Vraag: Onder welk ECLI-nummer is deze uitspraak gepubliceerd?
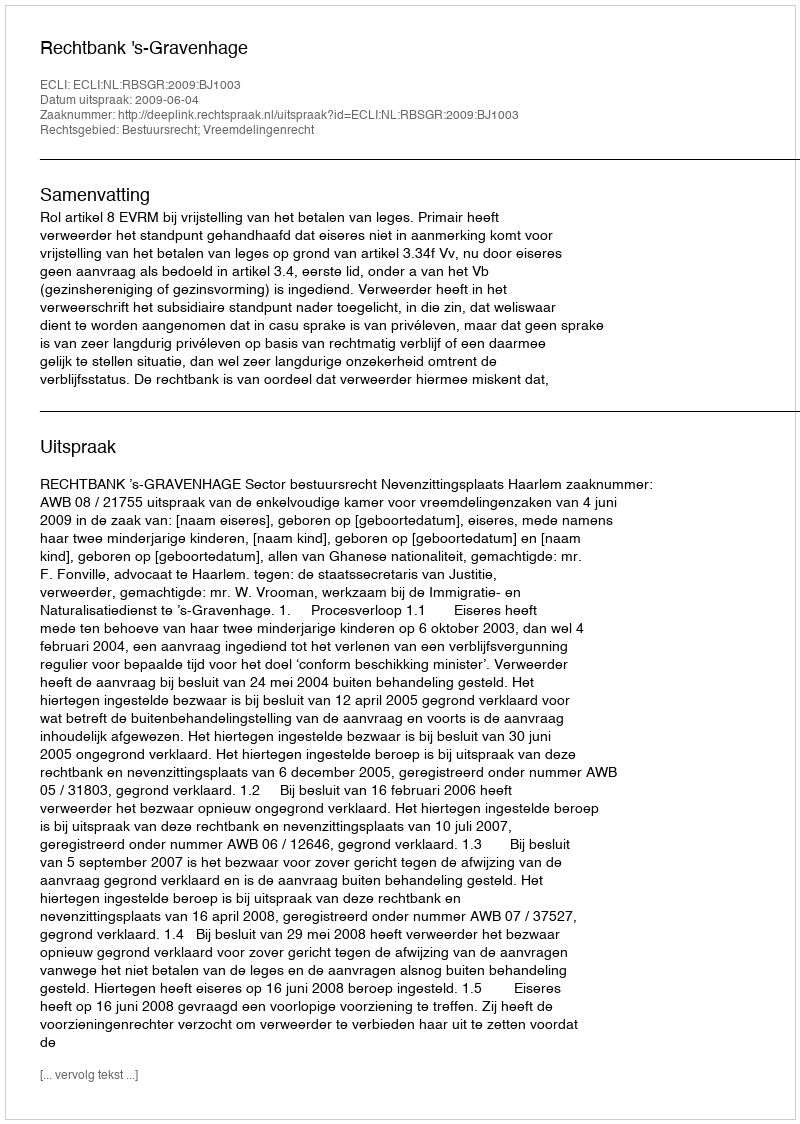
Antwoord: ECLI:NL:RBSGR:2009:BJ1003